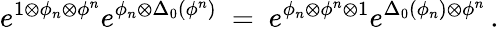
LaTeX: e^{1\otimes\phi_{n}\otimes\phi^{n}}e^{\phi_{n}\otimes\Delta_{0}(\phi^{n})}\ =\ e^{\phi_{n}\otimes\phi^{n}\otimes 1}e^{\Delta_{0}(\phi_{n})\otimes\phi^{n}}\, .